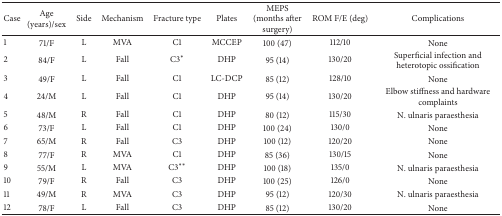
<table><thead><tr><td><b>Case</b></td><td><b>Age (years)/sex</b></td><td><b>Side</b></td><td><b>Mechanism</b></td><td><b>Fracture type</b></td><td><b>Plates</b></td><td><b>MEPS (months after surgery)</b></td><td><b>ROM F/E (deg)</b></td><td><b>Complications</b></td></tr></thead><tbody><tr><td>1</td><td>71/F</td><td>L</td><td>MVA</td><td>C1</td><td>MCCEP</td><td>100 (47)</td><td>112/10</td><td>None</td></tr><tr><td>2</td><td>84/F</td><td>L</td><td>Fall</td><td>C3*</td><td>DHP</td><td>95 (14)</td><td>130/20</td><td>Superficial infection and heterotopic ossification</td></tr><tr><td>3</td><td>49/F</td><td>L</td><td>Fall</td><td>C1</td><td>LC-DCP</td><td>85 (12)</td><td>128/10</td><td>None</td></tr><tr><td>4</td><td>24/M</td><td>L</td><td>Fall</td><td>C1</td><td>DHP</td><td>95 (14)</td><td>130/20</td><td>Elbow stiffness and hardware complaints</td></tr><tr><td>5</td><td>48/M</td><td>R</td><td>Fall</td><td>C1</td><td>DHP</td><td>80 (12)</td><td>115/30</td><td>N. ulnaris paraesthesia</td></tr><tr><td>6</td><td>73/F</td><td>L</td><td>Fall</td><td>C1</td><td>DHP</td><td>100 (24)</td><td>130/0</td><td>None</td></tr><tr><td>7</td><td>65/M</td><td>R</td><td>Fall</td><td>C3</td><td>DHP</td><td>100 (12)</td><td>120/20</td><td>None</td></tr><tr><td>8</td><td>77/F</td><td>R</td><td>MVA</td><td>C1</td><td>DHP</td><td>85 (36)</td><td>130/15</td><td>None</td></tr><tr><td>9</td><td>55/M</td><td>L</td><td>MVA</td><td>C3**</td><td>DHP</td><td>100 (18)</td><td>135/0</td><td>N. ulnaris paraesthesia</td></tr><tr><td>10</td><td>79/F</td><td>R</td><td>Fall</td><td>C3</td><td>DHP</td><td>100 (25)</td><td>126/0</td><td>None</td></tr><tr><td>11</td><td>49/M</td><td>R</td><td>MVA</td><td>C3</td><td>DHP</td><td>95 (12)</td><td>120/30</td><td>N. ulnaris paraesthesia</td></tr><tr><td>12</td><td>78/F</td><td>L</td><td>Fall</td><td>C3</td><td>DHP</td><td>85 (12)</td><td>130/20</td><td>None</td></tr></tbody></table>